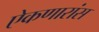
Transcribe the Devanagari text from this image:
ऐकणारांस